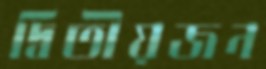
দ্বিতীয়জন